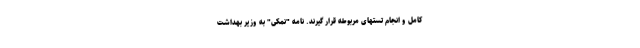
کامل و انجام تستهای مربوطه قرار گیرند. نامه "نمکی" به وزیر بهداشت